Civil Veterinary Dept. Assam report 1911-1927 - 1911-1927
Year: 1911
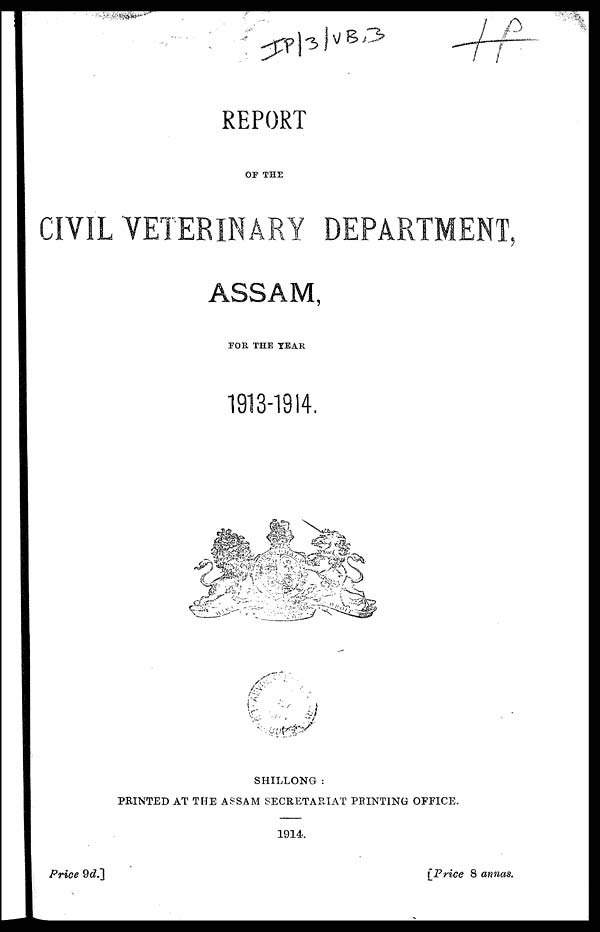
REPORT
OF THE
CIVIL VETERINARY DEPARTMENT
ASSAM,
FOR THE YEAR
1913-1914.
SHILLONG :
PRINTED AT THE ASSAM SECRETARIAT PRINT1NG OFFICE.
1914
Price 9d.]
[Price 8 annas.